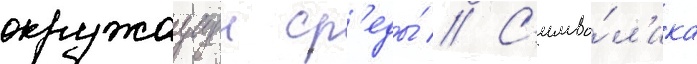
окружаущеи ср'еды́ // С'имво́л'ика